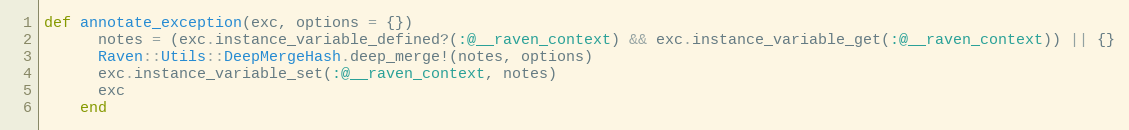
Language: Ruby
def annotate_exception(exc, options = {})
      notes = (exc.instance_variable_defined?(:@__raven_context) && exc.instance_variable_get(:@__raven_context)) || {}
      Raven::Utils::DeepMergeHash.deep_merge!(notes, options)
      exc.instance_variable_set(:@__raven_context, notes)
      exc
    end